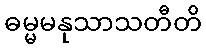
ဓမ္မမနုသာသတီတိ